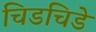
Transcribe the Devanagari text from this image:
चिडचिडे